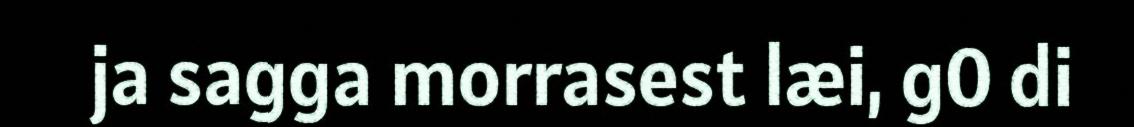
ja sagga morrasest læi, g0 di